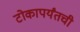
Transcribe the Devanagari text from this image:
टोकापर्यंतची